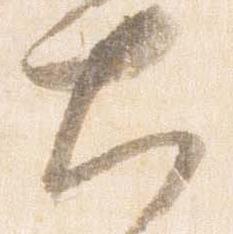
大